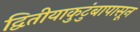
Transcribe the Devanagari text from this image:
द्वितीयाकुटुंबापासून